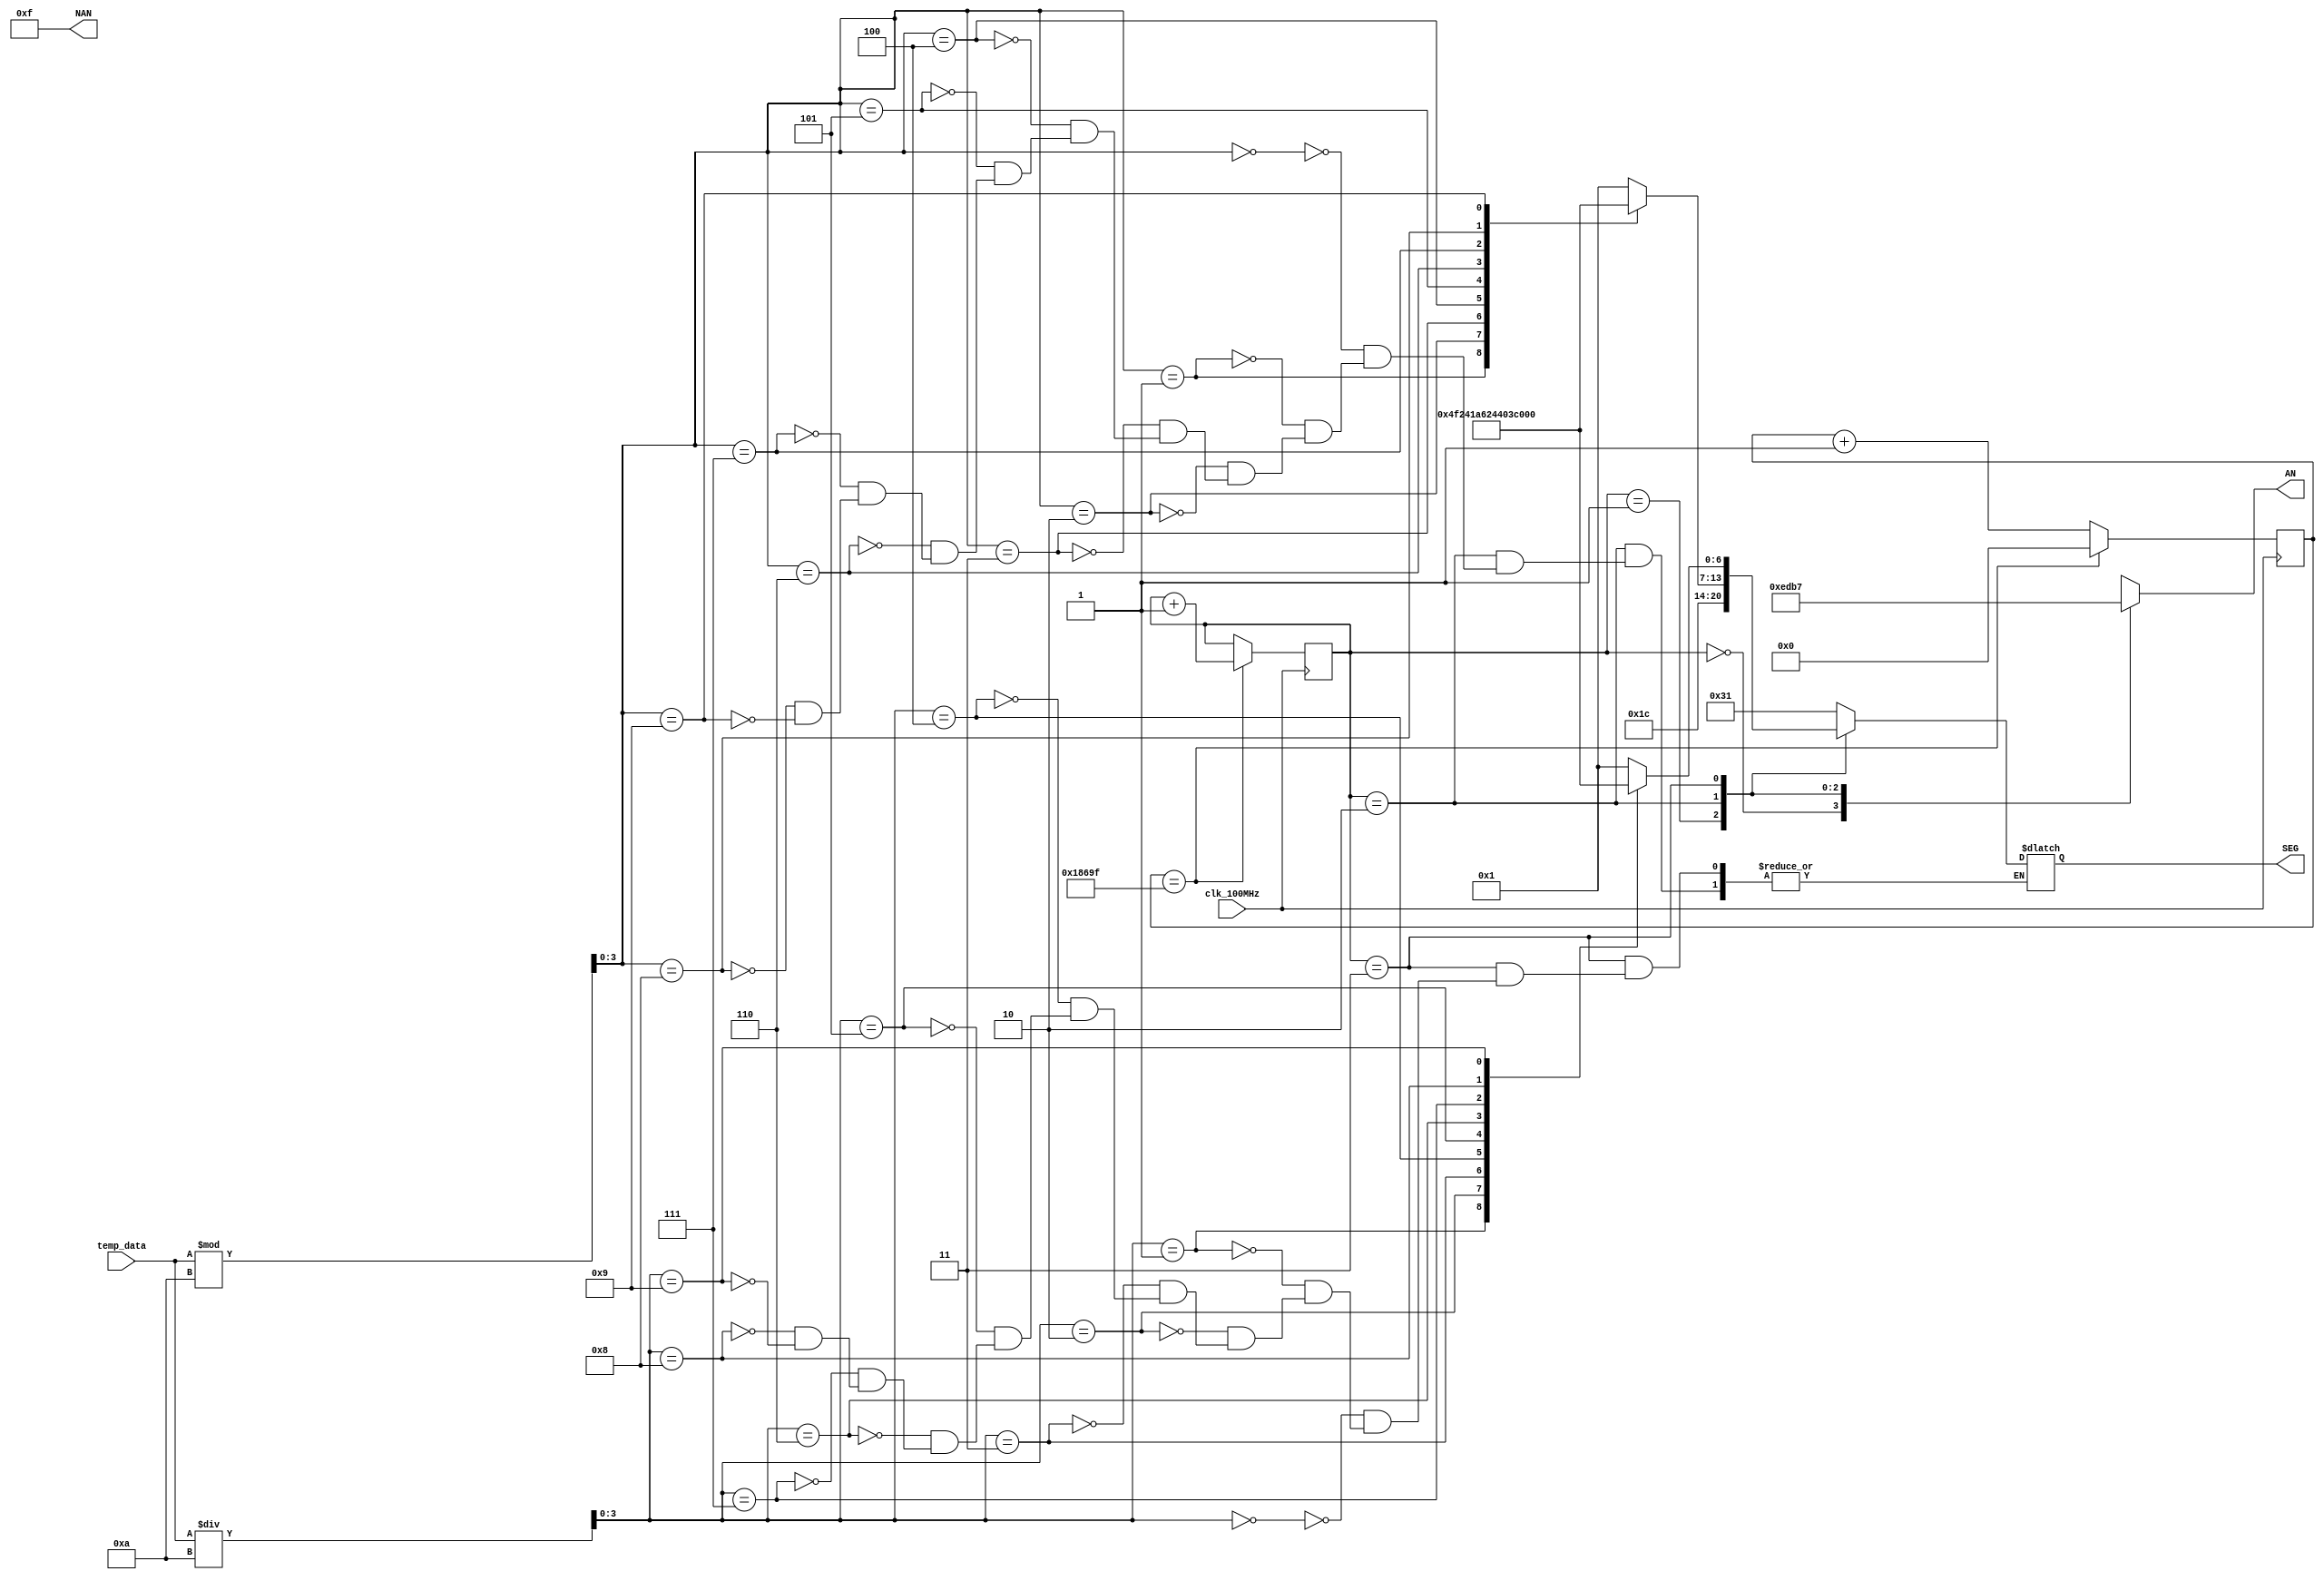
`timescale 1ns / 1ps
// Created by David J. Marion
// Date 7.19.2022
// 7 Segment Control for the Nexys A7 Temperature Sensor

module seg7(
    input clk_100MHz,               // Nexys A7 clock
    input [7:0] temp_data,          // Temp data from i2c master
    output reg [6:0] SEG,           // 7 Segments of Displays
    output reg [3:0] NAN = 4'hF,    // 4 Anodes of 8 turned OFF
    output reg [3:0] AN             // 4 Anodes of 8 to display Temp
    );
    
    // Binary to BCD conversion of temperature data
    wire [3:0] tens, ones;
    assign tens = temp_data / 10;           // Tens value of temp data
    assign ones = temp_data % 10;           // Ones value of temp data
    
    // Parameters for segment patterns
    parameter ZERO  = 7'b000_0001;  // 0
    parameter ONE   = 7'b100_1111;  // 1
    parameter TWO   = 7'b001_0010;  // 2 
    parameter THREE = 7'b000_0110;  // 3
    parameter FOUR  = 7'b100_1100;  // 4
    parameter FIVE  = 7'b010_0100;  // 5
    parameter SIX   = 7'b010_0000;  // 6
    parameter SEVEN = 7'b000_1111;  // 7
    parameter EIGHT = 7'b000_0000;  // 8
    parameter NINE  = 7'b000_0100;  // 9
    parameter DEG   = 7'b001_1100;  // degrees symbol
    parameter C     = 7'b011_0001;  // C
    
    // To select each digit in turn
    reg [1:0] anode_select;         // 2 bit counter for selecting each of 4 digits
    reg [16:0] anode_timer;         // counter for digit refresh
    
    // Logic for controlling digit select and digit timer
    always @(posedge clk_100MHz) begin
        // 1ms x 4 displays = 4ms refresh period
        if(anode_timer == 99_999) begin         // The period of 100MHz clock is 10ns (1/100,000,000 seconds)
            anode_timer <= 0;                   // 10ns x 100,000 = 1ms
            anode_select <=  anode_select + 1;
        end
        else
            anode_timer <=  anode_timer + 1;
    end
    
    // Logic for driving the 4 bit anode output based on digit select
    always @(anode_select) begin
        case(anode_select) 
            2'b00 : AN = 4'b1110;   // Turn on ones digit
            2'b01 : AN = 4'b1101;   // Turn on tens digit
            2'b10 : AN = 4'b1011;   // Turn on hundreds digit
            2'b11 : AN = 4'b0111;   // Turn on thousands digit
        endcase
    end
    
    always @*
        case(anode_select)
            2'b00 : SEG = C;    // Set to C for Celsuis
                        
            2'b01 : SEG = DEG;  // Set to degrees symbol
                    
            2'b10 : begin       // TEMPERATURE ONES DIGIT
                        case(ones)
                            4'b0000 : SEG = ZERO;
                            4'b0001 : SEG = ONE;
                            4'b0010 : SEG = TWO;
                            4'b0011 : SEG = THREE;
                            4'b0100 : SEG = FOUR;
                            4'b0101 : SEG = FIVE;
                            4'b0110 : SEG = SIX;
                            4'b0111 : SEG = SEVEN;
                            4'b1000 : SEG = EIGHT;
                            4'b1001 : SEG = NINE;
                        endcase
                    end
                    
            2'b11 : begin       // TEMPERATURE TENS DIGIT
                        case(tens)
                            4'b0000 : SEG = ZERO;
                            4'b0001 : SEG = ONE;
                            4'b0010 : SEG = TWO;
                            4'b0011 : SEG = THREE;
                            4'b0100 : SEG = FOUR;
                            4'b0101 : SEG = FIVE;
                            4'b0110 : SEG = SIX;
                            4'b0111 : SEG = SEVEN;
                            4'b1000 : SEG = EIGHT;
                            4'b1001 : SEG = NINE;
                        endcase
                    end
        endcase
    
endmodule